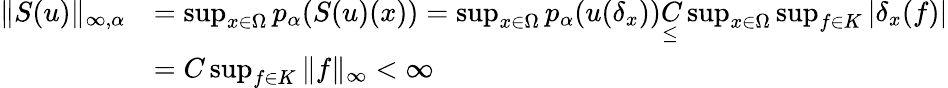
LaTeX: \begin{array}{rl}{\| S(u)\| _{\infty,\alpha}}&{=\operatorname*{sup}_{x\in\Omega}p_{\alpha}(S(u)(x))=\operatorname*{sup}_{x\in\Omega}p_{\alpha}(u(\delta_{x}))\underset{\leq}C\operatorname*{sup}_{x\in\Omega}\operatorname*{sup}_{f\in K}|\delta_{x}(f)|}\\ &{=C\operatorname*{sup}_{f\in K}\| f\| _{\infty}<\infty}\end{array}